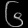
Digit: ၆